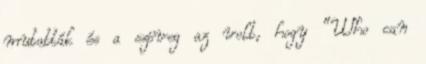
mutatták és a szöveg az volt, hogy “Who can